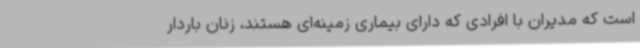
است که مدیران با افرادی که دارای بیماری زمینه‌ای هستند، زنان باردار